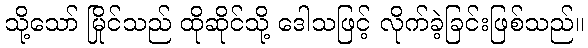
သို့သော် မြိုင်သည် ထိုဆိုင်သို့ ဒေါသဖြင့် လိုက်ခဲ့ခြင်းဖြစ်သည်။